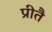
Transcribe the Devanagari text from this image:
प्रीतै